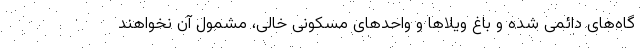
گاه‌های دائمی شده و باغ ویلاها و واحدهای مسکونی خالی، مشمول آن نخواهند